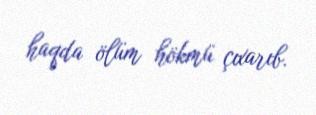
haqda ölüm hökmü çıxarıb.